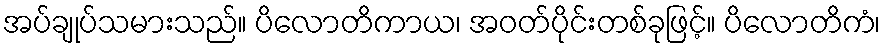
အပ်ချုပ်သမားသည်။ ပိလောတိကာယ၊ အဝတ်ပိုင်းတစ်ခုဖြင့်။ ပိလောတိကံ၊